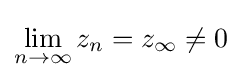
\lim _{n\to \infty }z_{n}=z_{\infty }\neq 0